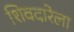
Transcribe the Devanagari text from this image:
शिवदारेला